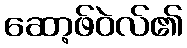
ဆော့ဖ်ဝဲလ်၏